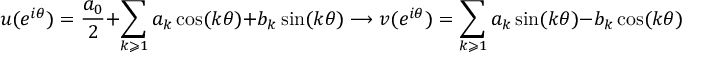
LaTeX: u ( e ^ { i \theta } ) = { \frac { a _ { 0 } } { 2 } } + \sum _ { k \geqslant 1 } a _ { k } \cos ( k \theta ) + b _ { k } \sin ( k \theta ) \longrightarrow v ( e ^ { i \theta } ) = \sum _ { k \geqslant 1 } a _ { k } \sin ( k \theta ) - b _ { k } \cos ( k \theta ) .